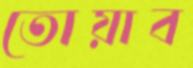
তোয়াব